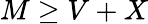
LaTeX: M\geq V+X